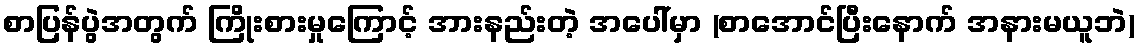
စာပြန်ပွဲအတွက် ကြိုးစားမှုကြောင့် အားနည်းတဲ့ အပေါ်မှာ (စာအောင်ပြီးနောက် အနားမယူဘဲ)